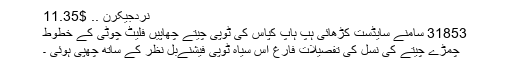
نردجیکرن .. $11.35
31853 سامنے سایڈست کڑھائی ہپ ہاپ کپاس کی ٹوپی چیتے چھاپیں فلیٹ چوٹی کے خطوط
چمڑے چیتے کی نسل کی تفصیلات فارغ اس سیاہ ٹوپی فیشنےبل نظر کے ساتھ چھپی ہوئی ۔